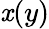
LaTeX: \mathit{x}(y)